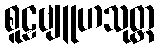
စူဠဗျူဟသုတ္တ